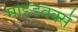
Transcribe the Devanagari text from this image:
माइंडवर्क्स